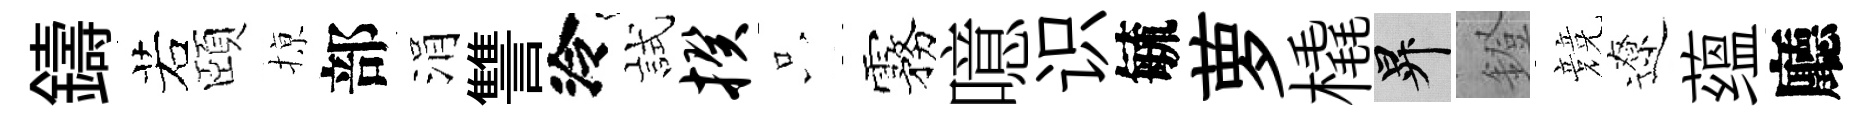
鑄若頤𢱊部涓讐泠試揆只霧噫识毓萝橇升鐙競遼蕴廳